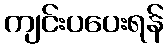
ကျင်းပပေးရန်